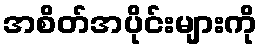
အစိတ်အပိုင်းများကို